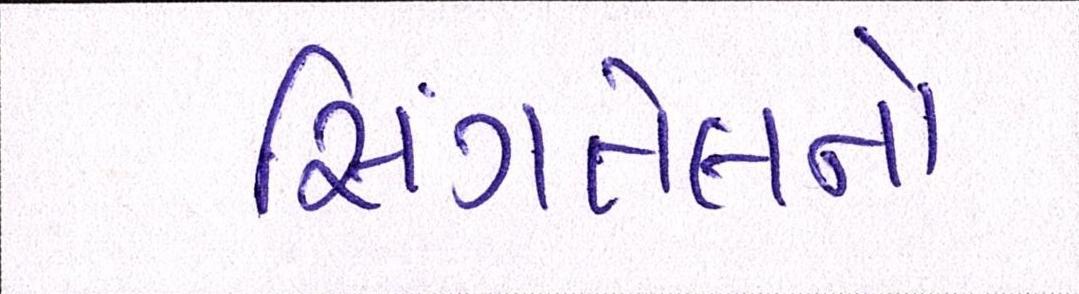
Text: સિંગતેલનો